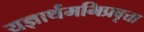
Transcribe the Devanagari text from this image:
यज्ञार्थमभिप्रवृत्ता